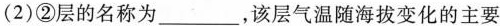
(2)②层的名称为___，该层气温随海拔变化的主要